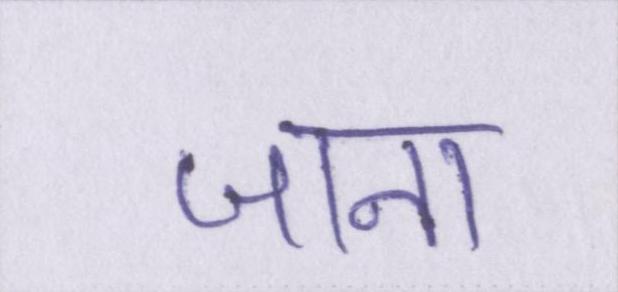
जाना